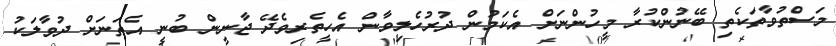
މަސްތުވާތަކެތި ބޭނުންކުރާ މީހުންނަށް އެކަމުން ދުރުހެލިވާން އެހީތެރިވެދޭ ޖާނީން ބުނީ އެތަނަށް ދުވާލަކު